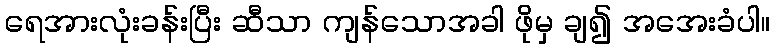
ရေအားလုံးခန်းပြီး ဆီသာ ကျန်သောအခါ ဖိုမှ ချ၍ အအေးခံပါ။